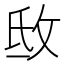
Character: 𢼕